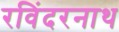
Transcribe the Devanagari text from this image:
रविंदरनाथ